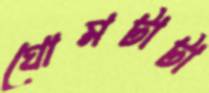
ঘোমটাটা